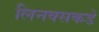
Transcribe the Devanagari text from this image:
लिनक्सकडे